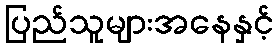
ပြည်သူများအနေနှင့်